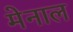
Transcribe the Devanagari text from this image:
मेनाल